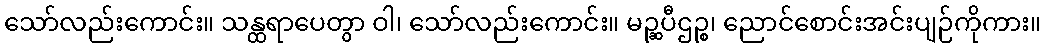
သော်လည်းကောင်း။ သန္ထရာပေတွာ ဝါ၊ သော်လည်းကောင်း။ မဉ္ဆပီဌဉ္စ၊ ညောင်စောင်းအင်းပျဉ်ကိုကား။